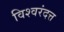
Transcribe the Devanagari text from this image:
विश्वरंदत्त